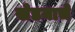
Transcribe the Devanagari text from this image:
खेडयाचे